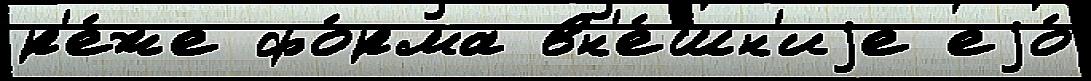
р'е́же фо́рма вн'е́шн'иjе еjо́